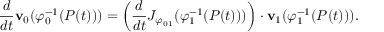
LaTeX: { \frac { d } { d t } } { \mathbf { v } } _ { 0 } ( \varphi _ { 0 } ^ { - 1 } ( P ( t ) ) ) = \left( { \frac { d } { d t } } J _ { \varphi _ { 0 1 } } ( \varphi _ { 1 } ^ { - 1 } ( P ( t ) ) ) \right) \cdot { \mathbf { v } } _ { 1 } ( \varphi _ { 1 } ^ { - 1 } ( P ( t ) ) ) .